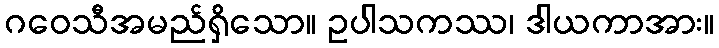
ဂဝေသီအမည်ရှိသော။ ဥပါသကဿ၊ ဒါယကာအား။